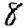
Digit: 8